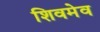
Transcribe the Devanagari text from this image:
शिवमेव